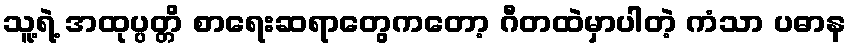
သူ့ရဲ့ အထုပ္ပတ္တိ စာရေးဆရာတွေကတော့ ဂီတထဲမှာပါတဲ့ ကံသာ ပဓာန